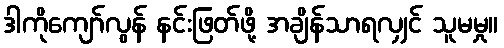
ဒါကိုကျော်လွန် နင်းဖြတ်ဖို့ အချိန်သာရလျှင် သူမမှု။